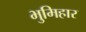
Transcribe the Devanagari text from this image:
भुमिहार